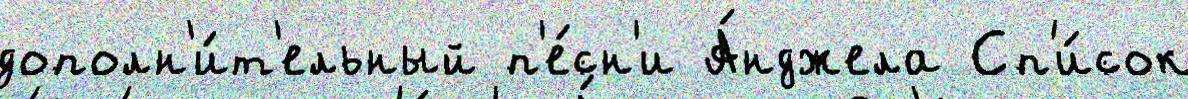
дополн'и́т'ельный п'е́сн'и А́нджела Сп'и́сок